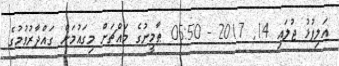
އަލިފުޅު ޖުލައި 14